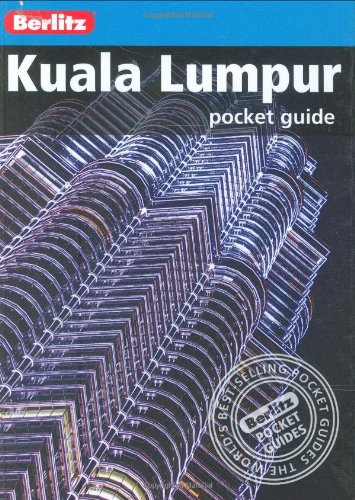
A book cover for Berlitz: Kuala Lumpur Pocket Guide (Berlitz Pocket Guides); Travel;